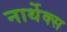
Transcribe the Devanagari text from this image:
नार्थेक्स